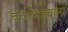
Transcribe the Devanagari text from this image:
बटाटेवड्याला